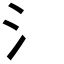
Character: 氵